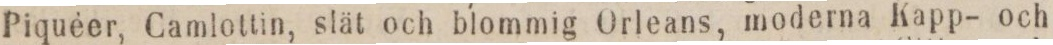
Piquèer, Camlottin, stät och blommig Orleans, moderna Kapp- och